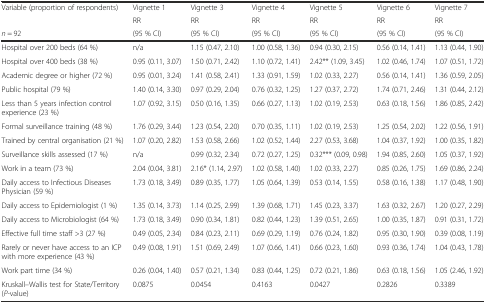
<table><thead><tr><td rowspan="2"><b>Variable (proportion of respondents)</b></td><td><b>Vignette 1</b></td><td><b>Vignette 3</b></td><td><b>Vignette 4</b></td><td><b>Vignette 5</b></td><td><b>Vignette 6</b></td><td><b>Vignette 7</b></td></tr><tr><td><b>RR</b></td><td><b>RR</b></td><td><b>RR</b></td><td><b>RR</b></td><td><b>RR</b></td><td><b>RR</b></td></tr><tr><td><b><i>n</i> = 92</b></td><td><b>(95 % CI)</b></td><td><b>(95 % CI)</b></td><td><b>(95 % CI)</b></td><td><b>(95 % CI)</b></td><td><b>(95 % CI)</b></td><td><b>(95 % CI)</b></td></tr></thead><tbody><tr><td>Hospital over 200 beds (64 %)</td><td>n/a</td><td>1.15 (0.47, 2.10)</td><td>1.00 (0.58, 1.36)</td><td>0.94 (0.30, 2.15)</td><td>0.56 (0.14, 1.41)</td><td>1.13 (0.44, 1.90)</td></tr><tr><td>Hospital over 400 beds (38 %)</td><td>0.95 (0.11, 3.07)</td><td>1.50 (0.71, 2.42)</td><td>1.10 (0.72, 1.41)</td><td>2.42** (1.09, 3.45)</td><td>1.02 (0.46, 1.74)</td><td>1.07 (0.51, 1.72)</td></tr><tr><td>Academic degree or higher (72 %)</td><td>0.95 (0.01, 3.24)</td><td>1.41 (0.58, 2.41)</td><td>1.33 (0.91, 1.59)</td><td>1.02 (0.33, 2.27)</td><td>0.56 (0.14, 1.41)</td><td>1.36 (0.59, 2.05)</td></tr><tr><td>Public hospital (79 %)</td><td>1.40 (0.14, 3.30)</td><td>0.97 (0.29, 2.04)</td><td>0.76 (0.32, 1.25)</td><td>1.27 (0.37, 2.72)</td><td>1.74 (0.71, 2.46)</td><td>1.31 (0.44, 2.12)</td></tr><tr><td>Less than 5 years infection control experience (23 %)</td><td>1.07 (0.92, 3.15)</td><td>0.50 (0.16, 1.35)</td><td>0.66 (0.27, 1.13)</td><td>1.02 (0.19, 2.53)</td><td>0.63 (0.18, 1.56)</td><td>1.86 (0.85, 2.42)</td></tr><tr><td>Formal surveillance training (48 %)</td><td>1.76 (0.29, 3.44)</td><td>1.23 (0.54, 2.20)</td><td>0.70 (0.35, 1.11)</td><td>1.02 (0.19, 2.53)</td><td>1.25 (0.54, 2.02)</td><td>1.22 (0.56, 1.91)</td></tr><tr><td>Trained by central organisation (21 %)</td><td>1.07 (0.20, 2.82)</td><td>1.53 (0.58, 2.66)</td><td>1.02 (0.52, 1.44)</td><td>2.27 (0.53, 3.68)</td><td>1.04 (0.37, 1.92)</td><td>1.00 (0.35, 1.82)</td></tr><tr><td>Surveillance skills assessed (17 %)</td><td>n/a</td><td>0.99 (0.32, 2.34)</td><td>0.72 (0.27, 1.25)</td><td>0.32*** (0.09, 0.98)</td><td>1.94 (0.85, 2.60)</td><td>1.05 (0.37, 1.92)</td></tr><tr><td>Work in a team (73 %)</td><td>2.04 (0.04, 3.81)</td><td>2.16* (1.14, 2.97)</td><td>1.02 (0.58, 1.40)</td><td>1.02 (0.33, 2.27)</td><td>0.85 (0.26, 1.75)</td><td>1.69 (0.86, 2.24)</td></tr><tr><td>Daily access to Infectious Diseases Physician (59 %)</td><td>1.73 (0.18, 3.49)</td><td>0.89 (0.35, 1.77)</td><td>1.05 (0.64, 1.39)</td><td>0.53 (0.14, 1.55)</td><td>0.58 (0.16, 1.38)</td><td>1.17 (0.48, 1.90)</td></tr><tr><td>Daily access to Epidemiologist (1 %)</td><td>1.35 (0.14, 3.73)</td><td>1.14 (0.25, 2.99)</td><td>1.39 (0.68, 1.71)</td><td>1.45 (0.23, 3.37)</td><td>1.63 (0.32, 2.67)</td><td>1.20 (0.27, 2.29)</td></tr><tr><td>Daily access to Microbiologist (64 %)</td><td>1.73 (0.18, 3.49)</td><td>0.90 (0.34, 1.81)</td><td>0.82 (0.44, 1.23)</td><td>1.39 (0.51, 2.65)</td><td>1.00 (0.35, 1.87)</td><td>0.91 (0.31, 1.72)</td></tr><tr><td>Effective full time staff &gt;3 (27 %)</td><td>0.49 (0.05, 2.34)</td><td>0.84 (0.23, 2.11)</td><td>0.69 (0.29, 1.19)</td><td>0.76 (0.24, 1.82)</td><td>0.95 (0.30, 1.90)</td><td>0.39 (0.08, 1.19)</td></tr><tr><td>Rarely or never have access to an ICP with more experience (43 %)</td><td>0.49 (0.08, 1.91)</td><td>1.51 (0.69, 2.49)</td><td>1.07 (0.66, 1.41)</td><td>0.66 (0.23, 1.60)</td><td>0.93 (0.36, 1.74)</td><td>1.04 (0.43, 1.78)</td></tr><tr><td>Work part time (34 %)</td><td>0.26 (0.04, 1.40)</td><td>0.57 (0.21, 1.34)</td><td>0.83 (0.44, 1.25)</td><td>0.72 (0.21, 1.86)</td><td>0.63 (0.18, 1.56)</td><td>1.05 (2.46, 1.92)</td></tr><tr><td>Kruskall–Wallis test for State/Territory (<i>P</i>-value)</td><td>0.0875</td><td>0.0454</td><td>0.4163</td><td>0.0427</td><td>0.2826</td><td>0.3389</td></tr></tbody></table>